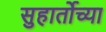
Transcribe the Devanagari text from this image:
सुहार्तोच्या